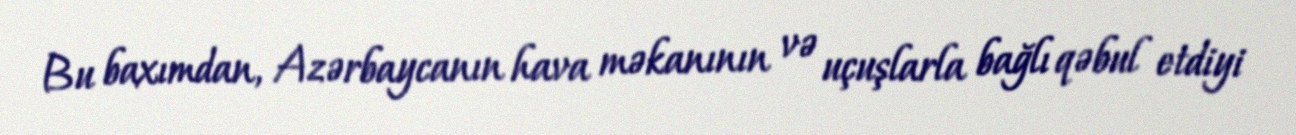
Bu baxımdan, Azərbaycanın hava məkanının və uçuşlarla bağlı qəbul etdiyi